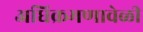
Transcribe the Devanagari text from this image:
अधिक्रमणावेळी